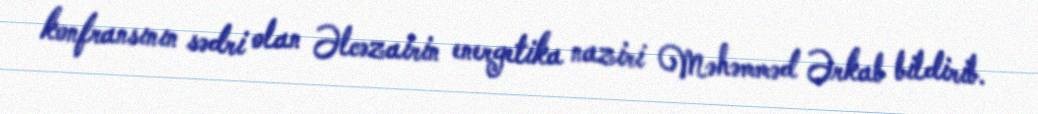
konfransının sədri olan Əlcəzairin energetika naziri Məhəmməd Ərkab bildirib.